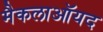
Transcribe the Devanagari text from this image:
मैकलाऑयद